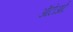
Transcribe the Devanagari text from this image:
ऑटोआर्ट